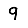
Digit: 9